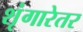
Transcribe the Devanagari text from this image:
शृंगारेतर